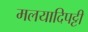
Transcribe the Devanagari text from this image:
मलयादिपट्टी